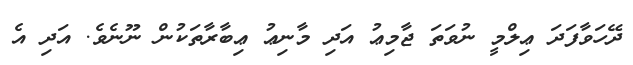
ދޭހަވާފަދަ ޢިލްމީ ނުވަތަ ޖާމިޢު އަދި މާނިޢު ޢިބާރާތަކުން ނޫނެވެ. އަދި އެ